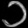
Digit: ၁